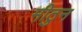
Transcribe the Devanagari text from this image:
मीठुन